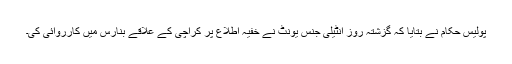
پولیس حکام نے بتایا کہ گزشتہ روز انٹیلی جنس یونٹ نے خفیہ اطلاع پر کراچی کے علاقے بنارس میں کارروائی کی۔